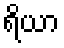
ရိယာ